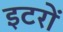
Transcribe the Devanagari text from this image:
इटरों